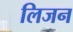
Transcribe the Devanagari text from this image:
लिजन